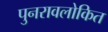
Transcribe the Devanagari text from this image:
पुनरावलोकित